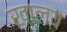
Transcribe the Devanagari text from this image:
खालय